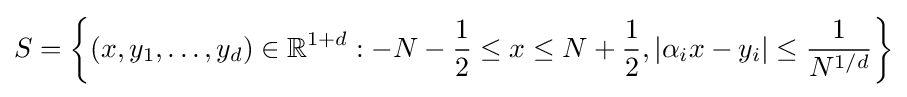
S=\left\{(x,y_{1},\dots ,y_{d})\in \mathbb {R} ^{1+d}:-N-{\frac {1}{2}}\leq x\leq N+{\frac {1}{2}},|\alpha _{i}x-y_{i}|\leq {\frac {1}{N^{1/d}}}\right\}